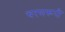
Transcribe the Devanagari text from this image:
चरणरूपी